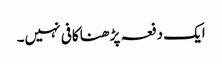
ایک دفعہ پڑھنا کافی نہیں۔